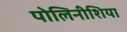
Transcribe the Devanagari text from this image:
पोलिनीशिया